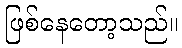
ဖြစ်နေတော့သည်။